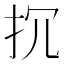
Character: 𢪚